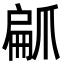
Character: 𭶳